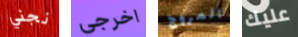
نجني اخرجي المروج عليك